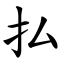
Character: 払